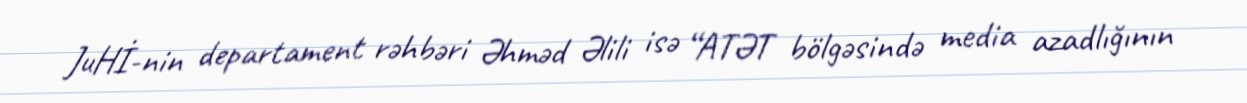
JuHİ-nin departament rəhbəri Əhməd Əlili isə “ATƏT bölgəsində media azadlığının